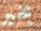
بخير